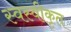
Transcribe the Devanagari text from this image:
स्वस्वीकृत